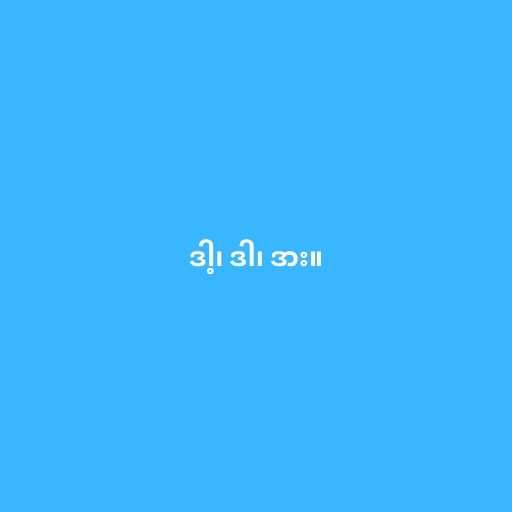
ဒါ့၊ ဒါ၊ ဒား။